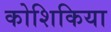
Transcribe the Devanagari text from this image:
कोशिकिया